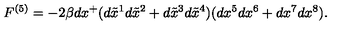
F ^ { ( 5 ) } = - 2 \beta d x ^ { + } ( d \tilde { x } ^ { 1 } d \tilde { x } ^ { 2 } + d \tilde { x } ^ { 3 } d \tilde { x } ^ { 4 } ) ( d x ^ { 5 } d x ^ { 6 } + d x ^ { 7 } d x ^ { 8 } ) .